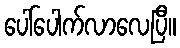
ပေါ်ပေါက်လာလေပြီ။